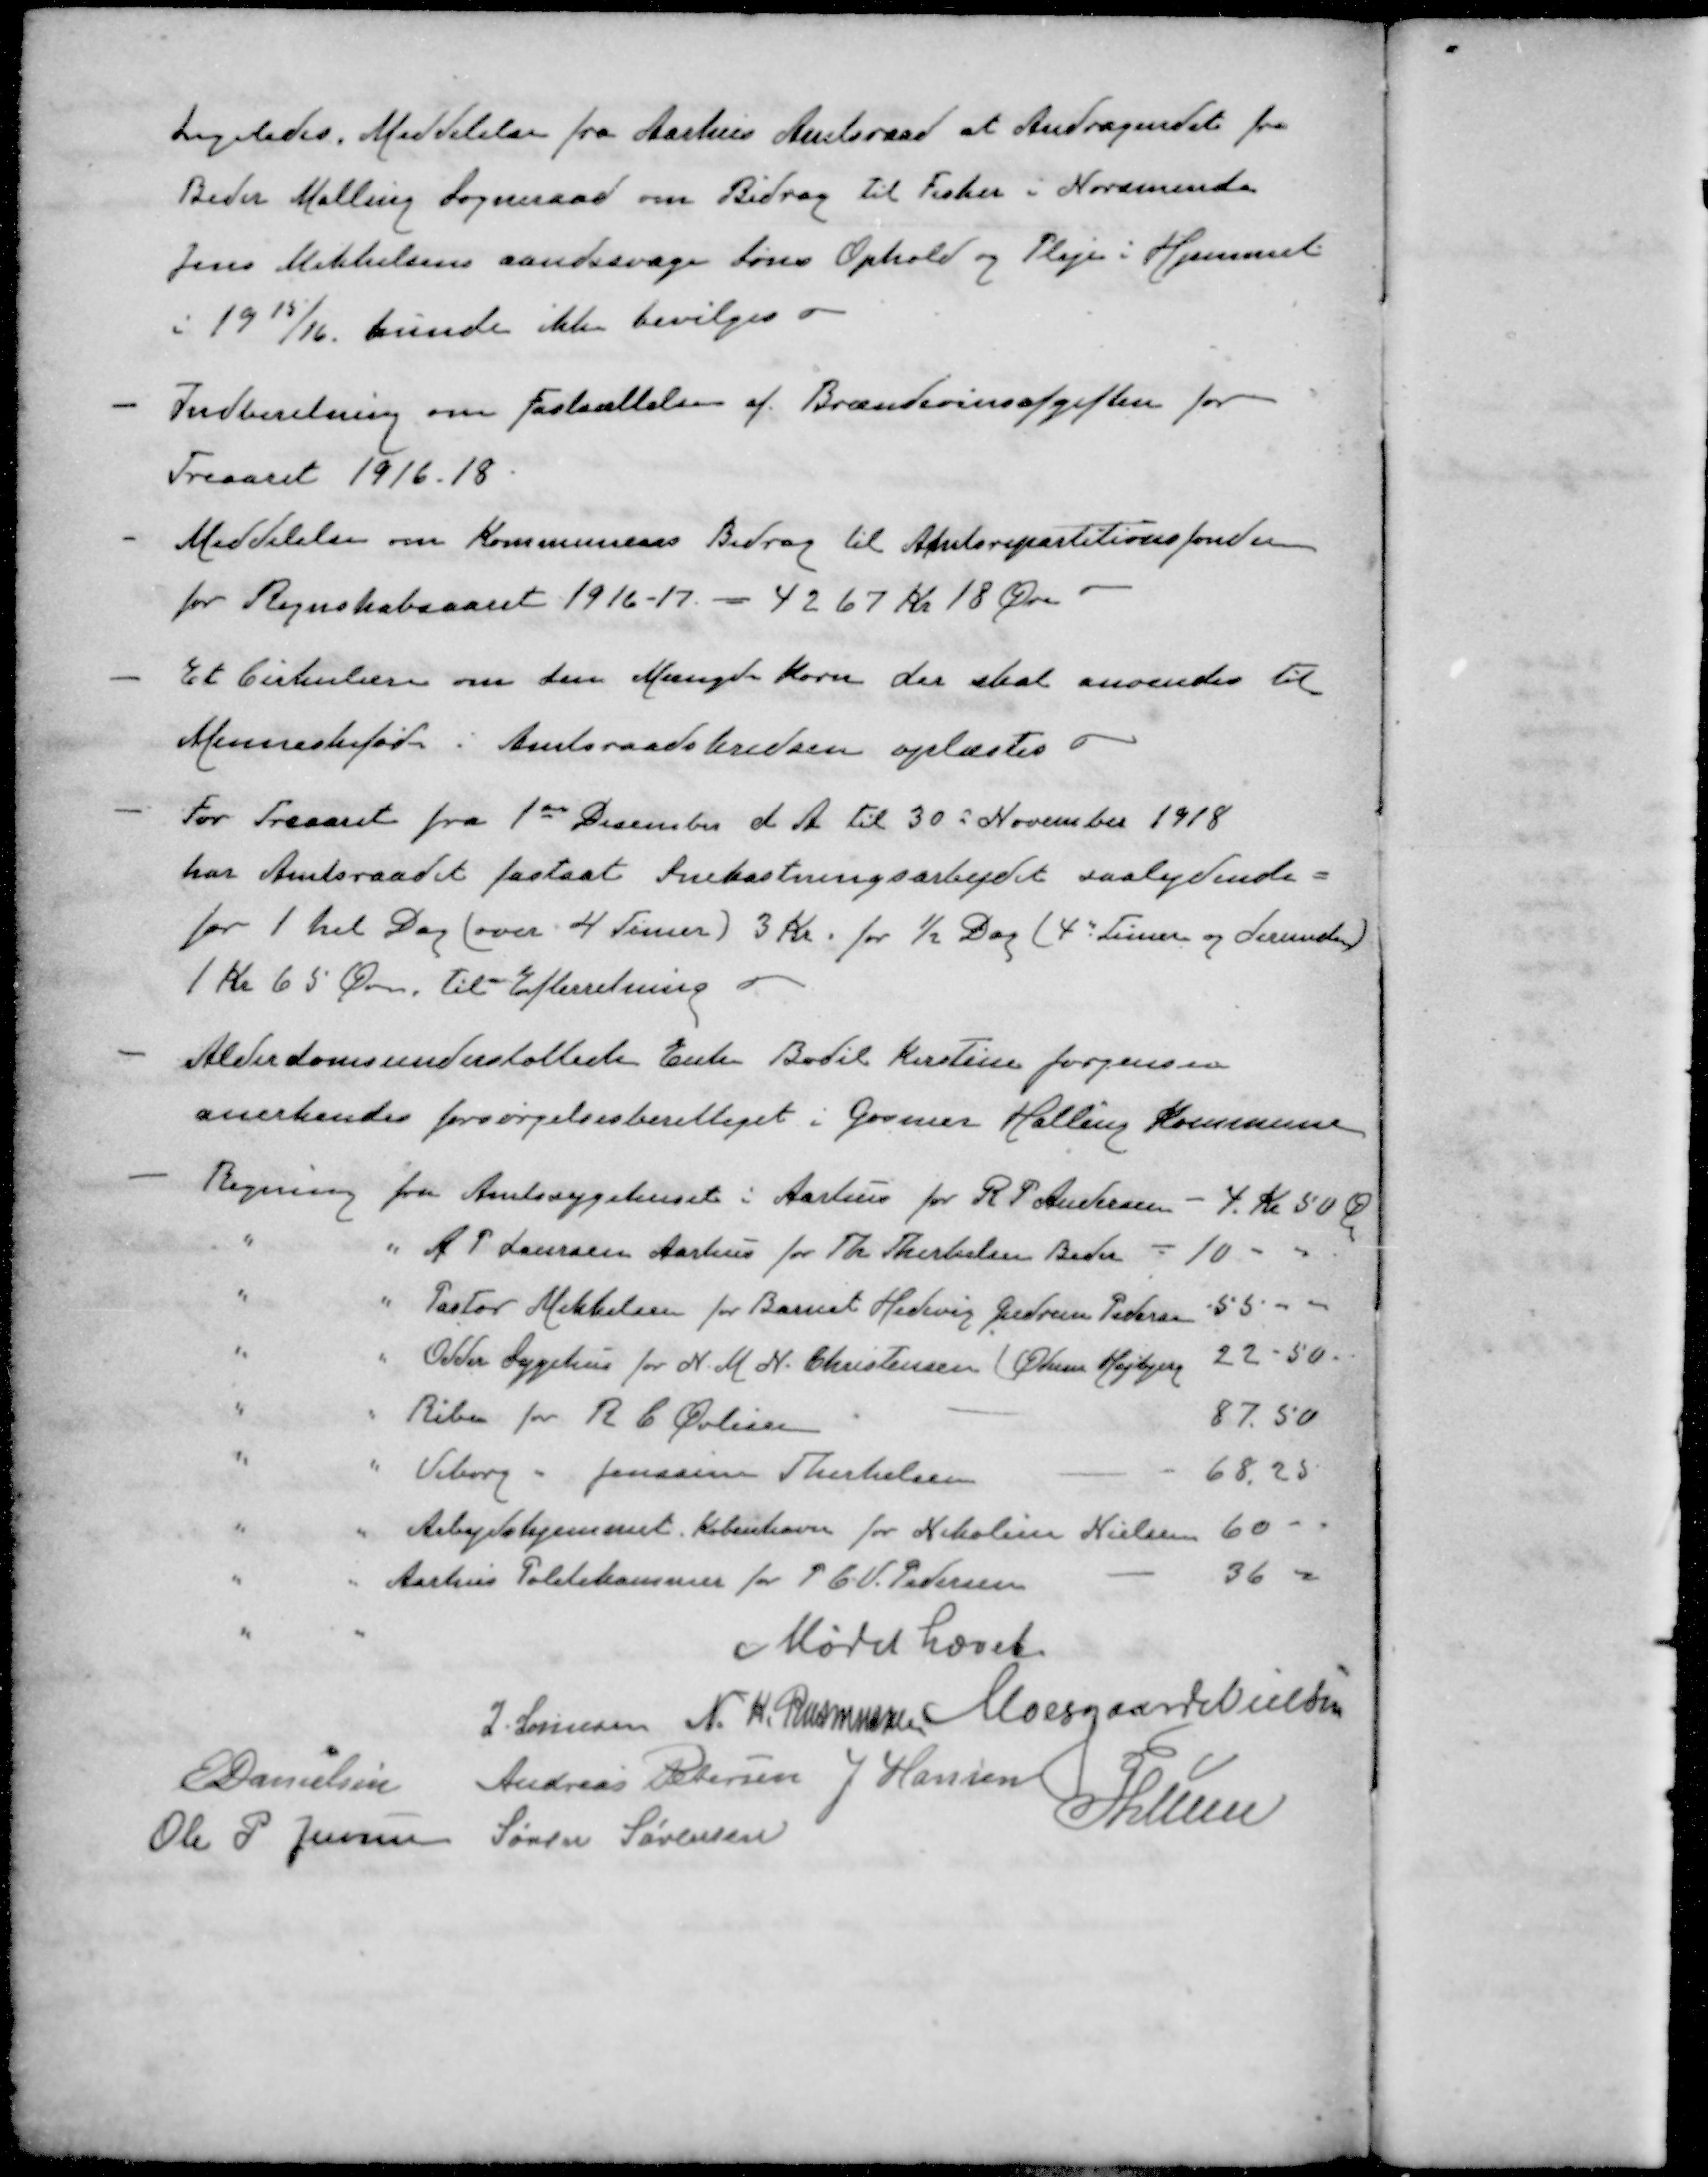
Transskription:
Ligeledes. Meddelelse fra Aarhus Amtsraad at Andragendet fra
Beder Malling Sogneraad om Bidrag til Fisker i Norsminde
Jens Mikkelsens aandssvage Søns Ophold og Pleje i Hjemmet
i 1915/16 kunde ikke bevilges
- Indberetning om fastsættelse af Brændevinsafgiften for
Treaaret 1916-18
- Meddelelse om Kommunens Bidrag til Amtsrepartitionsfonden
for Regnskabsaaret 1916-17 - 4267 Kr 18 Øre
- Et Cirkulære om den Mængde Korn der skal anvendes til
Menneskeføde i Amtsraadskredsen oplæstes
- For Treaaret fra 1ste December d A. til 30 November 1918
har Amtsraadet fastsat Snekastningsarbejdet saalydende
for 1 hel Dag (over 4 Timer) 3 Kr. for ½ Dag (4 Timer og derunder)
1 kr 65 Øre, til Efterretning
- Alderdomsunderstøttede Enke Bodil Kirstine Jørgensen
anerkendes forsørgelsesberettiget i Gosmer Halling Kommune
- Regning fra Amtssygehuset i Aarhus for R. P. Andersen - 4 Kr 50 Ø
"
"
A P Laursen Aarhus for Th. Therkelsen Beder
10 -
"
"
Pastor Mikkelsen for Barnet Hedevig Gudrun Pedersen
55 "
"
"
Odder Sygehus for N. M. N. Christensen (Ødum Højbjerg
22-50.
"
"
Ribe for R C Øvlisen
87.50
"
"
Viborg " Jenssine Therkelsen
68,25
"
"
Arbejdshjemmet København for Nikoline Nielsen
60 -
"
"
Aarhus Politikammer for P. C. V. Pedersen
36 "
Mødet hævet
J. Sørensen
N. K. Rasmussen
Moesgaard Nielsen
E Danielsen
Andreas Petersen
J Hansen
PLunn
Ole P Jensen
Søren Sørensen